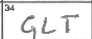
Transcription: GLT